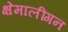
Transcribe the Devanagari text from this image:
क्षेमालींगन